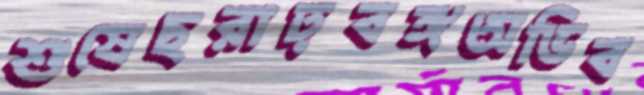
শুষেছরাঢ়বঙ্গঅভিব